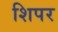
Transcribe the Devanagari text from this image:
शिपर